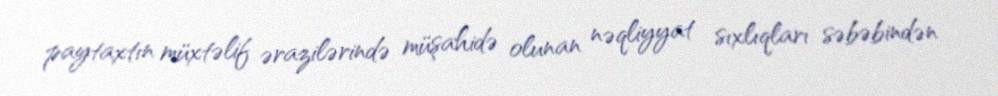
paytaxtın müxtəlif ərazilərində müşahidə olunan nəqliyyat sıxlıqları səbəbindən